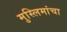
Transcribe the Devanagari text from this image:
मुस्लिमांचा